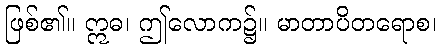
ဖြစ်၏။ ဣဓ၊ ဤလောက၌။ မာတာပိတရောစ၊